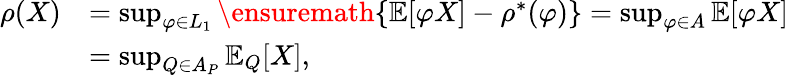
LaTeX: \begin{array}{rl}{\rho(X)}&{=\operatorname*{sup}_{\varphi\in L_{1}}\ensuremath{\left\{ \operatorname{\mathbb{E}}[\varphi X]-\rho^{*}(\varphi)\right\} }=\operatorname*{sup}_{\varphi\in A}\operatorname{\mathbb{E}}[\varphi X]}\\ &{=\operatorname*{sup}_{Q\in A_{P}}\operatorname{\mathbb{E}}_{Q}[X],}\end{array}